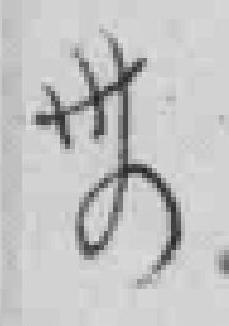
卅四